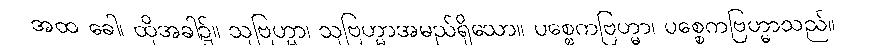
အထ ခေါ၊ ထိုအခါ၌။ သုဗြဟ္မာ၊ သုဗြဟ္မာအမည်ရှိသော။ ပစ္စေကဗြဟ္မာ၊ ပစ္စေကဗြဟ္မာသည်။